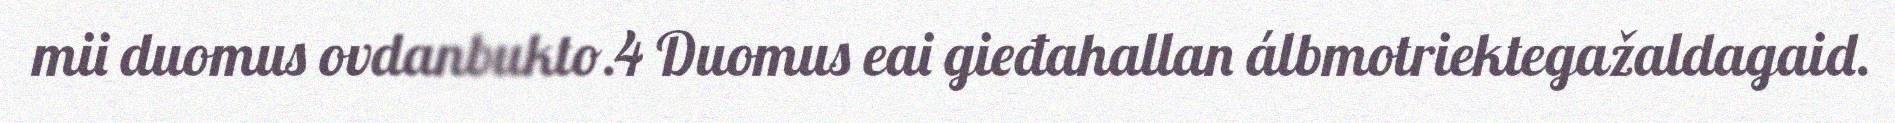
mii duomus ovdanbukto.4 Duomus eai gieđahallan álbmotriektegažaldagaid.